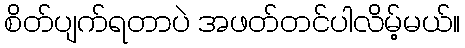
စိတ်ပျက်ရတာပဲ အဖတ်တင်ပါလိမ့်မယ်။